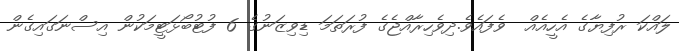
ލައްކަ ރުފިޔާގެ އެހީއެއް  ވެފައެވެ.ދިވެހިރާއްޖެގެ ފުރަތަމަ ޑިވިޒަނުގެ 6 ފުޓުބޯޅަޓީމަކުން އިސްނަގައިގެން